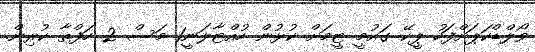
ވޯލްޑްކަޕަށްފަހު ޕީކޭ ގައުމީ ޓީމަށް ކުޅުން ހުއްޓާލަނީ1 މަސް 2 ހަފްތާ ކުރިން.